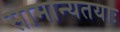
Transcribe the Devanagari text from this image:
सामान्यतयाः